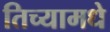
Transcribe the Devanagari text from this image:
तिच्यामधे